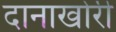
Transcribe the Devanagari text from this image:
दानाखोरी